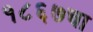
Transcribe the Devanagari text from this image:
१८६७चा